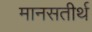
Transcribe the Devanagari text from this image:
मानसतीर्थ